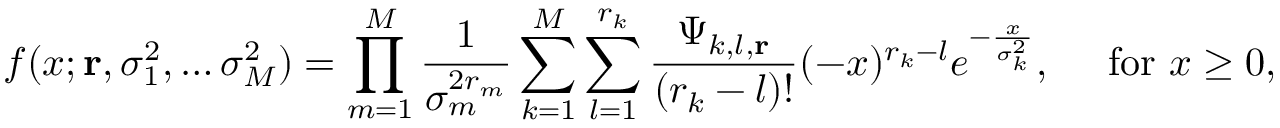
f ( x ; \mathbf { r } , \sigma _ { 1 } ^ { 2 } , \dots \sigma _ { M } ^ { 2 } ) = \prod _ { m = 1 } ^ { M } { \frac { 1 } { \sigma _ { m } ^ { 2 r _ { m } } } } \sum _ { k = 1 } ^ { M } \sum _ { l = 1 } ^ { r _ { k } } { \frac { \Psi _ { k , l , \mathbf { r } } } { ( r _ { k } - l ) ! } } ( - x ) ^ { r _ { k } - l } e ^ { - { \frac { x } { \sigma _ { k } ^ { 2 } } } } , \quad { \mathrm { ~ f o r ~ } } x \geq 0 ,